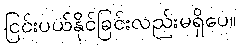
ငြင်းပယ်နိုင်ခြင်းလည်းမရှိပေ။